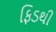
ફિડથી